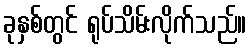
ခုနှစ်တွင် ရုပ်သိမ်းလိုက်သည်။